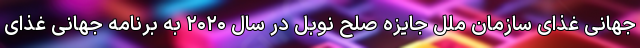
جهانی غذای سازمان ملل جایزه صلح نوبل در سال ۲۰۲۰ به برنامه جهانی غذای